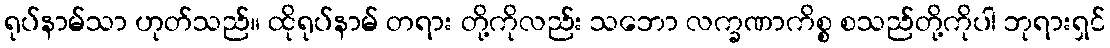
ရုပ်နာမ်သာ ဟုတ်သည်။ ထိုရုပ်နာမ် တရား တို့ကိုလည်း သဘော လက္ခဏာကိစ္စ စသည်တို့ကိုပါ ဘုရားရှင်